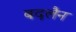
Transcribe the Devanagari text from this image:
बदलैन